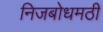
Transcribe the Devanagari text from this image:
निजबोधमठी